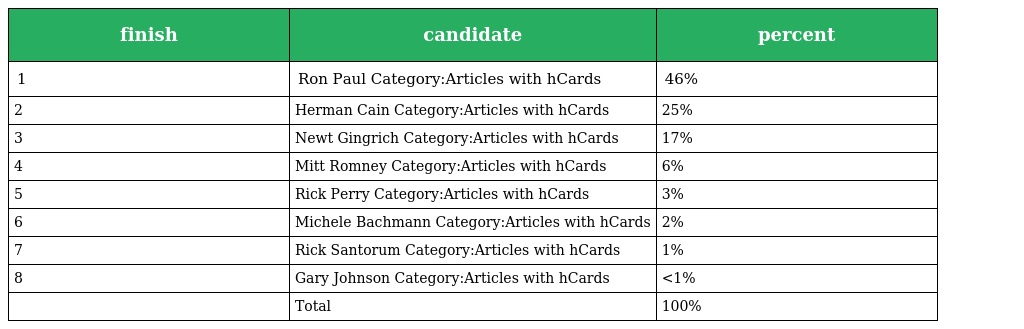
| finish | candidate | percent |
 | --- | --- | --- |
 | 1 | Ron Paul Category:Articles with hCards | 46% |
 | 2 | Herman Cain Category:Articles with hCards | 25% |
 | 3 | Newt Gingrich Category:Articles with hCards | 17% |
 | 4 | Mitt Romney Category:Articles with hCards | 6% |
 | 5 | Rick Perry Category:Articles with hCards | 3% |
 | 6 | Michele Bachmann Category:Articles with hCards | 2% |
 | 7 | Rick Santorum Category:Articles with hCards | 1% |
 | 8 | Gary Johnson Category:Articles with hCards | <1% |
 |  | Total | 100% |